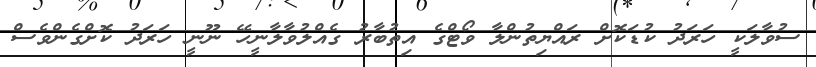
ސުވާލަކީ ހަރަދު ކުޑަކޮށް ރައްޔިތުންލާ ވޯޓްގެ އިތުބާރު ގެއްލުވާލާނީހޭ ނޫނީ ހަރަދު ކޮށްގެންވެސް